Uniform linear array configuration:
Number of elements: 12
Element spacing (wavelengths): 1
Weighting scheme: hann
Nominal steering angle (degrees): -30
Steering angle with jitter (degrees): -31.503
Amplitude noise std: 0.05
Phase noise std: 0.05

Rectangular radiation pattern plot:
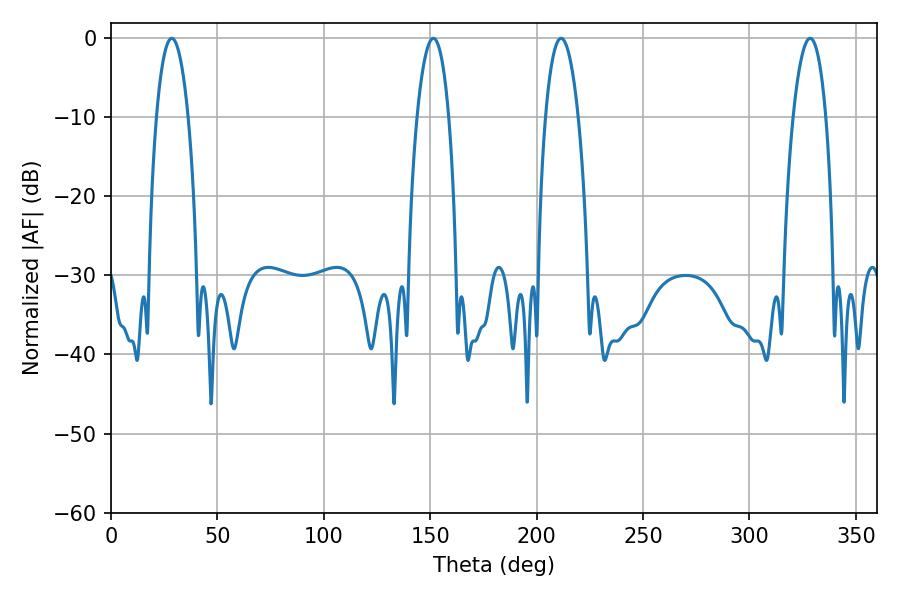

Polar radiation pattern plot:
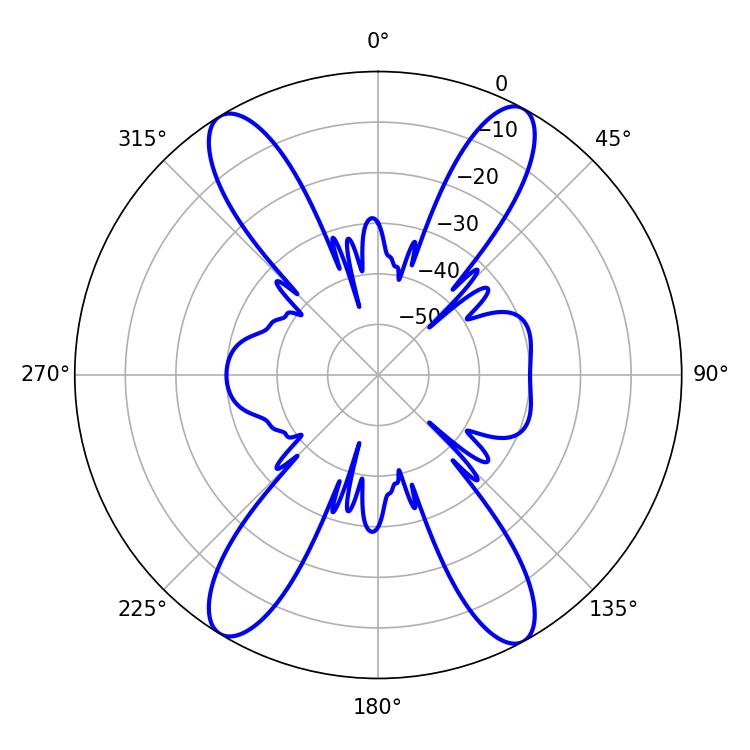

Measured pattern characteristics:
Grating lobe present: TRUE
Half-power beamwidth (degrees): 8.46
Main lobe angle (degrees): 211.5